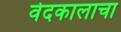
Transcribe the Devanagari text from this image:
वेदकालाचा